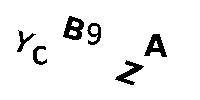
YCB9ZA